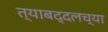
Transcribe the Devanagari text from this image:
त्याबद्दलच्या